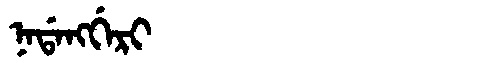
Manchu: ᠨᠠᡩᠠᠩᡤᡝᡵᡳ
Romanization: NADANGGERI